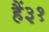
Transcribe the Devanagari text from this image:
हैं३१